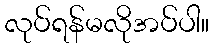
လုပ်ရန်မလိုအပ်ပါ။